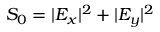
S _ { 0 } = | E _ { x } | ^ { 2 } + | E _ { y } | ^ { 2 }